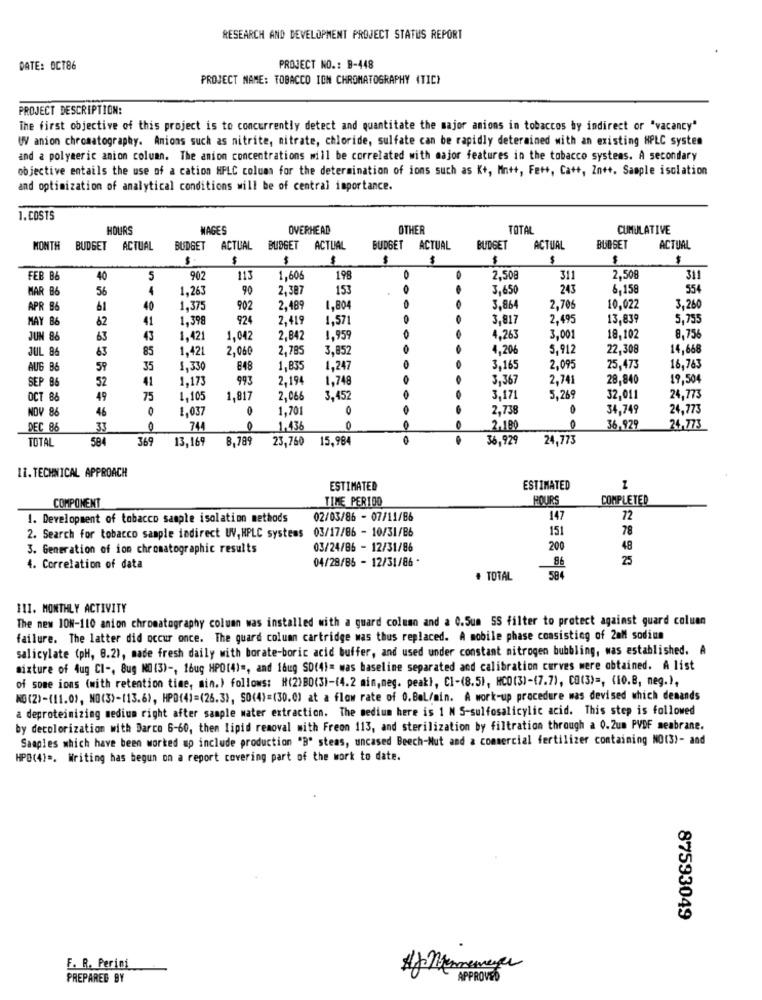
RESEARCH AND DEVELOPMENT PROJECT STATUS REPORT
DATE: OCT86
PROJECT NO .: B-448
PROJECT NAME: TOBACCO ION CHROMATOGRAPHY (TIC)
PROJECT DESCRIPTION:
The first objective of this project is to concurrently detect and quantitate the major anions in tobaccos by indirect or "vacancy"
W anion chromatography. Anions such as nitrite, nitrate, chloride, sulfate can be rapidly determined with an existing HPLC systen
and a polymeric anion column. The anion concentrations will be correlated with major features in the tobacco systems. A secondary
objective entails the use of a cation HPLC column for the determination of ions such as K+, Mn++, Fett, Ca++, Zn++. Sample isolation
and optimization of analytical conditions will be of central importance.
1.COSTS
HOURS
MAGES
OVERHEAD
OTHER
TOTAL
CUMULATIVE
MONTH BUDGET ACTUAL
BUDGET ACTUAL BUDGET ACTUAL
BUDGET ACTUAL
BUDGET
ACTUAL
BUDGET
ACTUAL
$
$
$
$
$
$
$
FEB B&
40
5
902
113
1,606
198
2.508
311
2,508
311
MAR 86
56
4
1,263
90
2,387
153
3,650
243
6,158
554
APR 86
61
40
1,375
902
2,489
1,804
3,864
2,706
10,022
3,260
MAY 86
62
41
1,398
924
2,419
1,571
3,817
2,495
13,839
5,755
JUN 86
63
43
1,421
1,042
2,842
1,959
4,263
3.001
18,102
8.756
63
85
1,42
2,060
2,785
3,852
1,20€
5,912
22,308
14,668
JUL 86
AUG B6
59
35
1,330
848
1,835
1,247
3,165
2,095
25,473
16,763
SEP 86
52
41
1,173
993
2.194
1,748
O
3,367
2,741
28,840
19,504
OCT 86
49
75
1.105
1,817
2,066
3,452
3,171
5,269
32,01
24,773
NOV 86
46
0
1,037
0
1.701
0
2,738
34,749
24,773
DEC 86
33
0
744
0
1.436
2.180
36,929
24,773
TOTAL
584
369
13,169
8,789
23,760
15,984
36,929
24,773
Li. TECHNICAL APPROACH
ESTIMATED
ESTIMATED
TIME PER100
HOURS
COMPLETED
COMPONENT
1. Development of tobacco sample isolation methods
02/03/86 - 07/11/86
147
72
2. Search for tobacco sample indirect UV, HPLC systems 03/17/86 - 10/31/B6
151
78
3. Generation of ion chromatographic results
03/24/86 - 12/31/86
200
48
04/28/85 - 12/31/86 *
25
4. Correlation of data
86
TOTAL
584
111. MONTHLY ACTIVITY
The new ION-110 anion chromatography column was installed with a guard column and a C.Sum 5S filter to protect against guard coluen
failure. The latter did occur once. The guard column cartridge was thus replaced. A mobile phase consisting of 20M sodium
salicylate (pH, 0.2), made fresh daily with borate-boric acid buffer, and used under constant nitrogen bubbling, was established. A
mixture of Aug Cl -, Bug NO (3) -, 1bug HPO(4) =, and 16ug SD(4)= was baseline separated and calibration curves were obtained. A list
of some ions (with retention time, min.) follows: H(2)BO(3)-(4.2 min, neg. peak}, C1-(8.5), HCO(3)-(7.7), CO(3) =, (10.B, meg.),
NO(2)-(11.0), NO(3)-(13.6), HPD(4)=(26.3), SO(4)=(30.0) at a flow rate of 0.Bal/min. A work-up procedure mas devised which demands
a deproteinizing medium right after sample water extraction. The medium here is 1 N S-sulfosalicylic acid. This step is followed
by decolorization with Darco 6-60, then lipid removal mith Freon 113, and sterilization by filtration through a 0.2um PVDF membrane.
Samples which have been worked ap include production "B" steas, uncased Beech-Nut and a commercial fertilizer containing NO(3)- and
HPD(4) =. Writing has begun on a report covering part of the work to date.
87593049
F. R. Perini
PREPARED BY
APPROVED